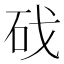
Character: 䂝